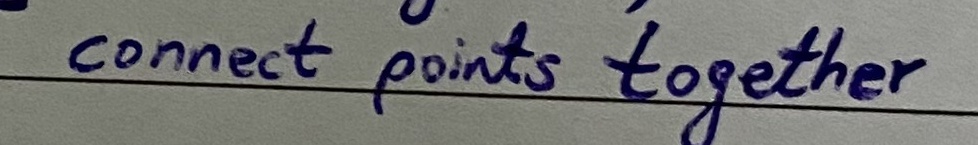
Text: connect points together